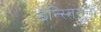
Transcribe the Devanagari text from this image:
इन्स्तितुतो